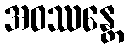
အဝဿန္တေ